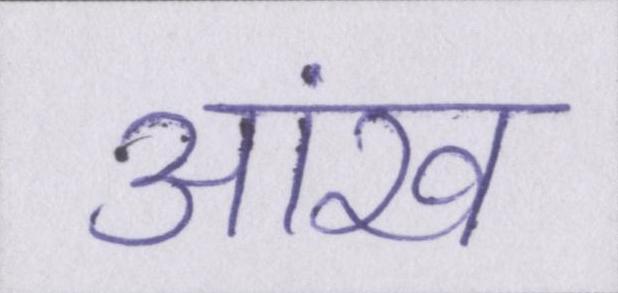
आंख